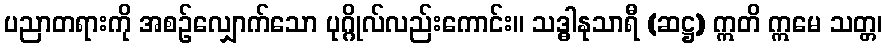
ပညာတရားကို အစဉ်လျှောက်သော ပုဂ္ဂိုလ်လည်းကောင်း။ သဒ္ဓါနုသာရီ (ဆဋ္ဌ) ဣတိ ဣမေ သတ္တ၊